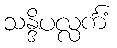
သန္ဒိပလ္လင်္ကံ